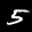
Label: 5